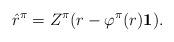
LaTeX: \begin{align*}\hat{r}^\pi=Z^\pi(r-\varphi^\pi(r)\mathbf{1}).\end{align*}